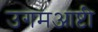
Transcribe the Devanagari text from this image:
उगमआष्टी